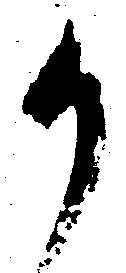
か